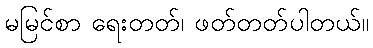
မမြင်စာ ရေးတတ်၊ ဖတ်တတ်ပါတယ်။